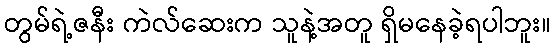
တွမ်ရဲ့ဇနီး ကဲလ်ဆေးက သူနဲ့အတူ ရှိမနေခဲ့ရပါဘူး။